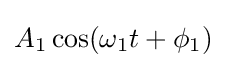
A_{1}\cos(\omega _{1}t+\phi _{1})